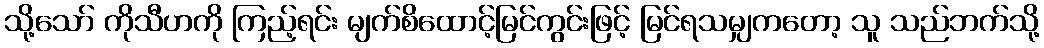
သို့သော် ကိုသီဟကို ကြည့်ရင်း မျက်စိထောင့်မြင်ကွင်းဖြင့် မြင်ရသမျှကတော့ သူ သည်ဘက်သို့